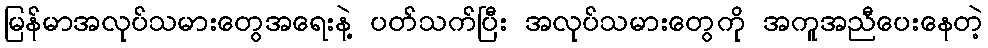
မြန်မာအလုပ်သမားတွေအရေးနဲ့ ပတ်သက်ပြီး အလုပ်သမားတွေကို အကူအညီပေးနေတဲ့